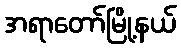
အရာတော်မြို့နယ်